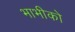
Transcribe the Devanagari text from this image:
भाभीको